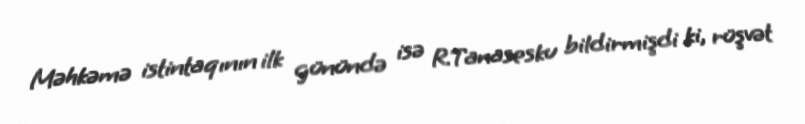
Məhkəmə istintaqının ilk günündə isə R.Tanasesku bildirmişdi ki, rüşvət